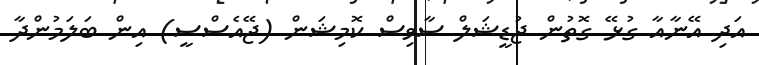
އަދި އޭނާއާ ގުޅޭ ގޮތުން ޖުޑީޝަލް ސާވިސް ކޮމިޝަން (ޖޭއެސްސީ) އިން ބަލަމުންދާ